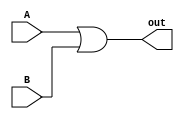
`timescale 1ns / 1ps
//////////////////////////////////////////////////////////////////////////////////
// Company: 
// Engineer: 
// 
// Design Name: 
// Module Name: Or2Gate
// Project Name: 
// Target Devices: 
// Tool Versions: 
// Description: 
// 
// Dependencies: 
// 
// Revision:
// Revision 0.01 - File Created
// Additional Comments:
// 
//////////////////////////////////////////////////////////////////////////////////


module Or2Gate(out, A, B);
    input A, B;
    output out;
    assign out = A | B;
endmodule